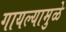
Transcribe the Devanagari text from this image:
गायल्यामुळे